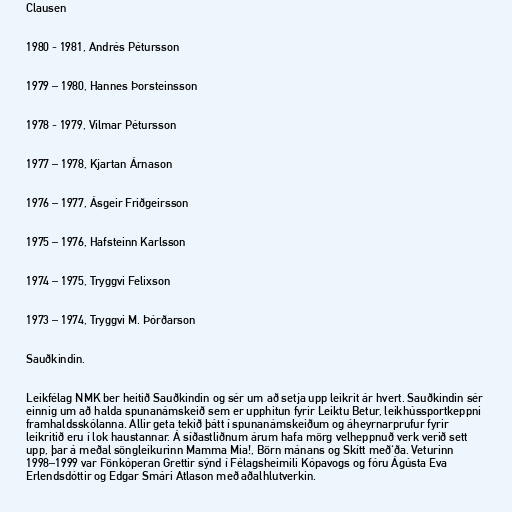
Clausen

1980 - 1981, Andrés Pétursson

1979 – 1980, Hannes Þorsteinsson

1978 - 1979, Vilmar Pétursson

1977 – 1978, Kjartan Árnason

1976 – 1977, Ásgeir Friðgeirsson

1975 – 1976, Hafsteinn Karlsson

1974 – 1975, Tryggvi Felixson

1973 – 1974, Tryggvi M. Þórðarson

Sauðkindin.

Leikfélag NMK ber heitið Sauðkindin og sér um að setja upp leikrit ár hvert. Sauðkindin sér
einnig um að halda spunanámskeið sem er upphitun fyrir Leiktu Betur, leikhússportkeppni
framhaldsskólanna. Allir geta tekið þátt í spunanámskeiðum og áheyrnarprufur fyrir
leikritið eru í lok haustannar. Á síðastliðnum árum hafa mörg velheppnuð verk verið sett
upp, þar á meðal söngleikurinn Mamma Mia!, Börn mánans og Skítt með‘ða. Veturinn
1998–1999 var Fönkóperan Grettir sýnd í Félagsheimili Kópavogs og fóru Ágústa Eva
Erlendsdóttir og Edgar Smári Atlason með aðalhlutverkin.